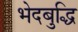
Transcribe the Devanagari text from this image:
भेदबुद्धि